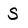
Character: S